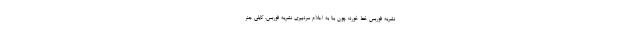
نشریه فوربس خط خورد؛ چون بنا به اعلام سردبیری نشریه فوربس، کایلی جنر